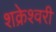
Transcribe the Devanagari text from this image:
शक्रेश्वरी